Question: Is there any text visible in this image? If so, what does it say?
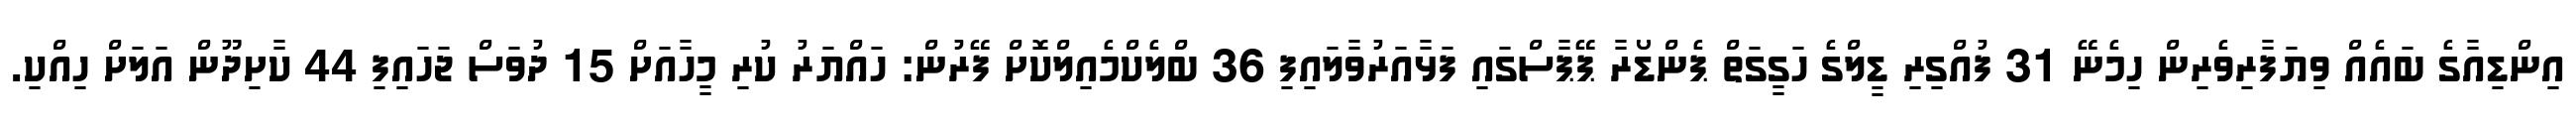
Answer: އިންޑިއާގެ ބައެއް ވިޔަފާރިވެރިން ހިމެނޭ 31 ފުއްގިރި ޑީލްގެ ހަގީގަތް ޕެންޑޯރާ ޕޭޕާސްގައި ފަޅާއަރުވާލައިފި 36 ބްލެކްމެއިލްކޮށް ފޭރުން: ހައްޔަރު ކުރި މީހާއަށް 15 ދުވަސް ޖަހައިފި 44 ކާށިދޫން އަލަށް ހިއްކި.